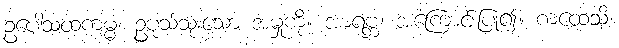
ဥပေါသထကမ္မံ၊ ဥပုသ်သုံးသော အမှုကို။ အာရဗ္ဘ၊ အကြောင်းပြု၍။ ကထေသိ၊